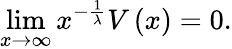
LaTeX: \operatorname*{lim}_{x\rightarrow\infty}x^{-\frac{1}{\lambda}}V\left(x\right)=0.